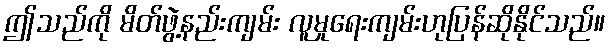
ဤသည်ကို မိတ်ဖွဲ့နည်းကျမ်း လူမှုရေးကျမ်းဟုပြန်ဆိုနိုင်သည်။